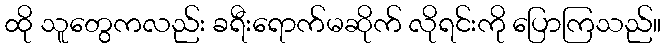
ထို သူတွေကလည်း ခရီးရောက်မဆိုက် လိုရင်းကို ပြောကြသည်။